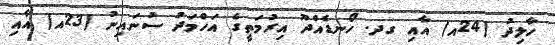
ހާލިދު (24އ) އާއި ގދ. ހޯނޑެއްދޫ އިރުމަތީގެ އަހްމަދު ސުނައިނު (23އ) އާއި